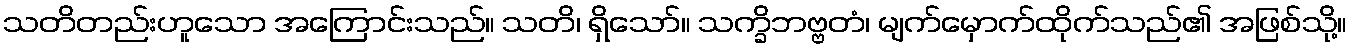
သတိတည်းဟူသော အကြောင်းသည်။ သတိ၊ ရှိသော်။ သက္ခိဘဗ္ဗတံ၊ မျက်မှောက်ထိုက်သည်၏ အဖြစ်သို့။